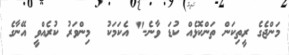
މަންޖެގެ ރީތިކަން ތަންކޮޅެއް ކުޑަ ވާނެ-" އެކަމަކު  މިންވަރު ކުރެއްވީ އޭނާގެ